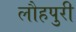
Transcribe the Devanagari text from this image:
लौहपुरी